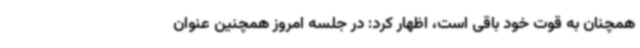
همچنان به قوت خود باقی است، اظهار کرد: در جلسه امروز همچنین عنوان